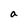
Character: a